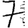
Digit: 7